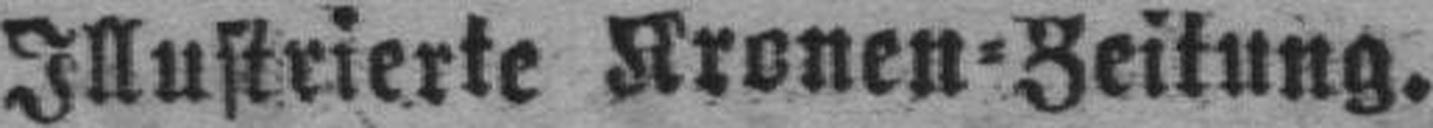
Illustrierte Kronen=Zeitung.